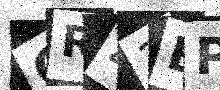
Text: CR43EP